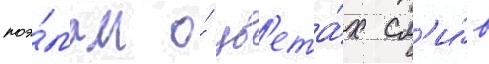
поэ́мам о́ цв'ета́х сл'и́в